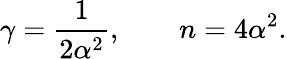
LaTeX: \gamma=\frac{1}{2\alpha^{2}},\qquad n=4\alpha^{2}.